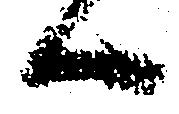
候